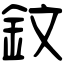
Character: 鈫